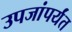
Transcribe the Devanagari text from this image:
उपजांपर्यंत